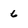
Character: 6